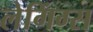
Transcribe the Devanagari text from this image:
लेगिंग्स